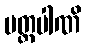
ပတ္တပါဏိ